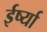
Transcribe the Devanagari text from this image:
ईर्ष्‍या